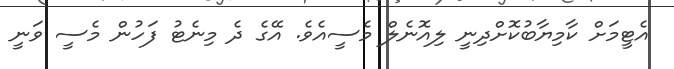
އެޓީމަށް ކާމިޔާބުކޮށްދިނީ ލިއޮނެލް މެސީއެވެ. އޭގެ ދެ މިނެޓު ފަހުން މެސީ ވަނީ